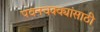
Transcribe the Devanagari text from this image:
पवनचक्क्यांसाठी